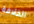
الخلافة